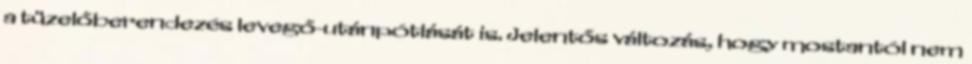
a tüzelőberendezés levegő-utánpótlását is. Jelentős változás, hogy mostantól nem